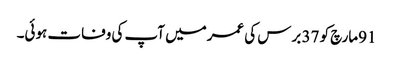
91مارچ کو 37 برس کی عمرمیں آپ کی وفات ہوئی۔